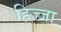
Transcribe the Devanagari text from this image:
हिज्जा